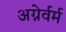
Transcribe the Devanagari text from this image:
अग्नेर्वर्म